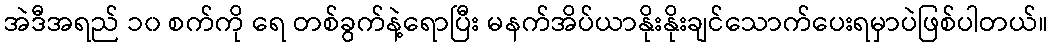
အဲဒီအရည် ၁၀ စက်ကို ရေ တစ်ခွက်နဲ့ရောပြီး မနက်အိပ်ယာနိုးနိုးချင်သောက်ပေးရမှာပဲဖြစ်ပါတယ်။